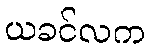
ယခင်လက